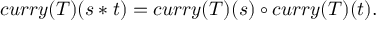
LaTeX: c u r r y ( T ) ( s * t ) = c u r r y ( T ) ( s ) \circ c u r r y ( T ) ( t ) .